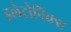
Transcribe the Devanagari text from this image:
इलेट्रोनिक्स